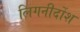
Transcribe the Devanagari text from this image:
लिगनीर्दोश